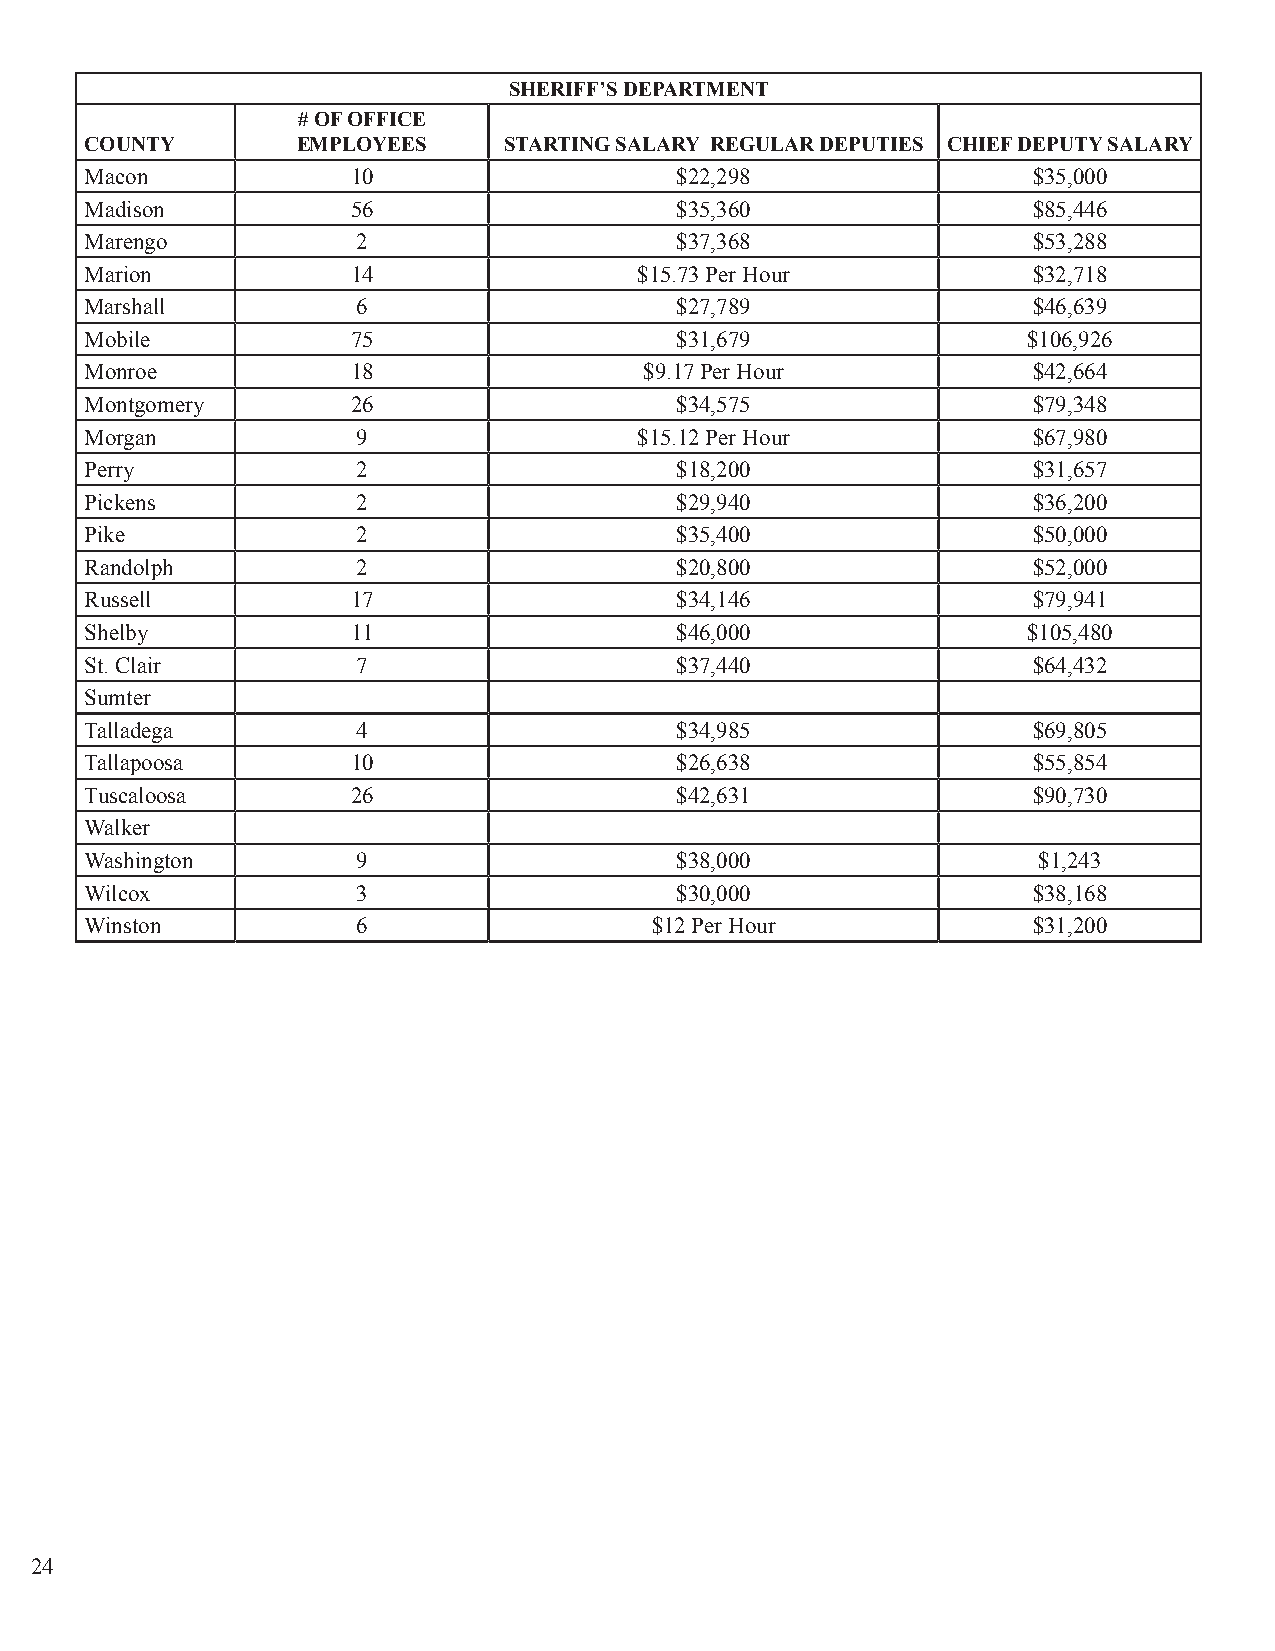
SHERIFF’S DEPARTMENT
 # OF OFFICE
 COUNTY        EMPLOYEES    STARTING SALARY REGULAR DEPUTIES CHIEF DEPUTY SALARY
 Macon            10                    $22,298                $35,000
 Madison          56                    $35,360                $85,446
 Marengo           2                    $37,368                $53,288
 Marion           14                 $15.73 Per Hour           $32,718
 Marshall          6                    $27,789                $46,639
 Mobile           75                    $31,679                $106,926
 Monroe           18                  $9.17 Per Hour           $42,664
 Montgomery       26                    $34,575                $79,348
 Morgan            9                 $15.12 Per Hour           $67,980
 Perry             2                    $18,200                $31,657
 Pickens           2                    $29,940                $36,200
 Pike              2                    $35,400                $50,000
 Randolph          2                    $20,800                $52,000
 Russell          17                    $34,146                $79,941
 Shelby           11                    $46,000                $105,480
 St. Clair         7                    $37,440                $64,432
 Sumter
 Talladega         4                    $34,985                $69,805
 Tallapoosa       10                    $26,638                $55,854
 Tuscaloosa       26                    $42,631                $90,730
 Walker
 Washington        9                    $38,000                 $1,243
 Wilcox            3                    $30,000                $38,168
 Winston           6                  $12 Per Hour             $31,200
 24